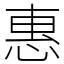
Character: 惠